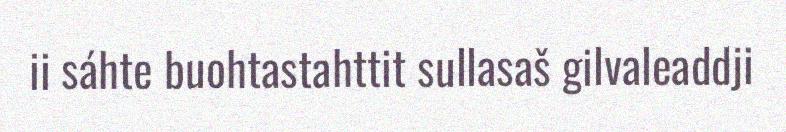
ii sáhte buohtastahttit sullasaš gilvaleaddji